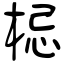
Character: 梞